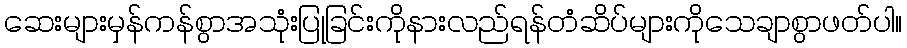
ဆေးများမှန်ကန်စွာအသုံးပြုခြင်းကိုနားလည်ရန်တံဆိပ်များကိုသေချာစွာဖတ်ပါ။